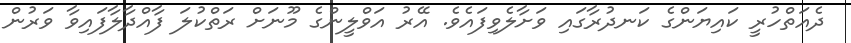
ދެއަތްހުރީ ކައިޔަންގެ ކަނދުރާގައި ވަށާލެވިފައެވެ. އޭރު އަވްލީންގެ މޫނަށް ރަތްކުލަ ފާއްދާލާފައިވާ ވަރުން